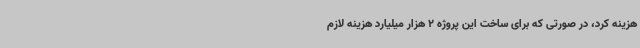
هزینه کرد، در صورتی که برای ساخت این پروژه‌ 2 هزار میلیارد هزینه لازم